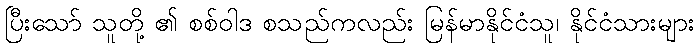
ပြီးသော် သူတို့ ၏ စစ်ဝါဒ စသည်ကလည်း မြန်မာနိုင်ငံသူ၊ နိုင်ငံသားများ